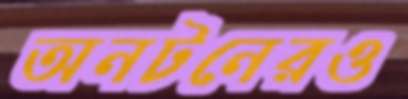
অনটনেরও